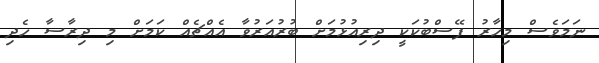
ނަމަވެސް މިހާރު ފޭސްބުކަކީ ދިރިއުޅުމަށް ބުރުއަރުވާ އެއްޗެއް ކަމަށް މި ދިރާސާ ހެދި